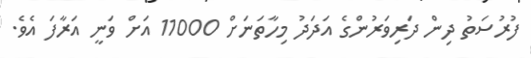
ފުރުސަތު ދިން ދަރިވަރުންގެ އަދަދު މިހާތަނަށް 11000 އަށް ވަނީ އަރާފަ އެވެ.